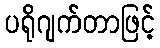
ပရိုဂျက်တာဖြင့်